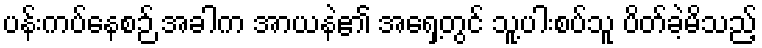
ပန်းကပ်နေစဉ် အခါက အာယနဲ၏ အရှေ့တွင် သူ့ပါးစပ်သူ ပိတ်ခဲ့မိသည့်